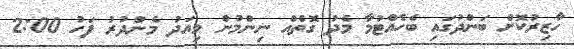
ހާޒިރުކޮށް ބަންދުގައި ބެހެއްޓުމާ މެދު ގޮތެއް ނިންމުން މިއަދު މެންދުރު ފަހު 2:00